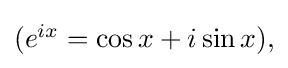
{\textstyle (e^{ix}=\cos x+i\sin x),}